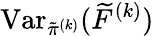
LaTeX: \operatorname{Var}_{\tilde{\pi}^{(k)}}(\widetilde{F}^{(k)})